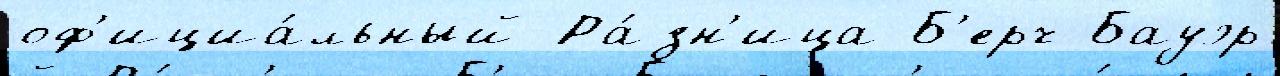
оф'ициа́льный Ра́зн'ица Б'ерч Бауэр